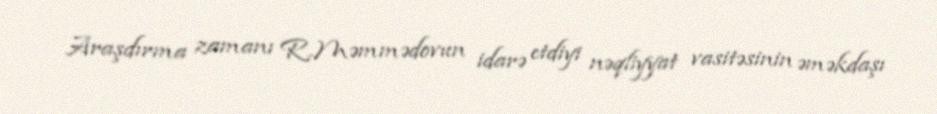
Araşdırma zamanı R.Məmmədovun idarə etdiyi nəqliyyat vasitəsinin əməkdaşı